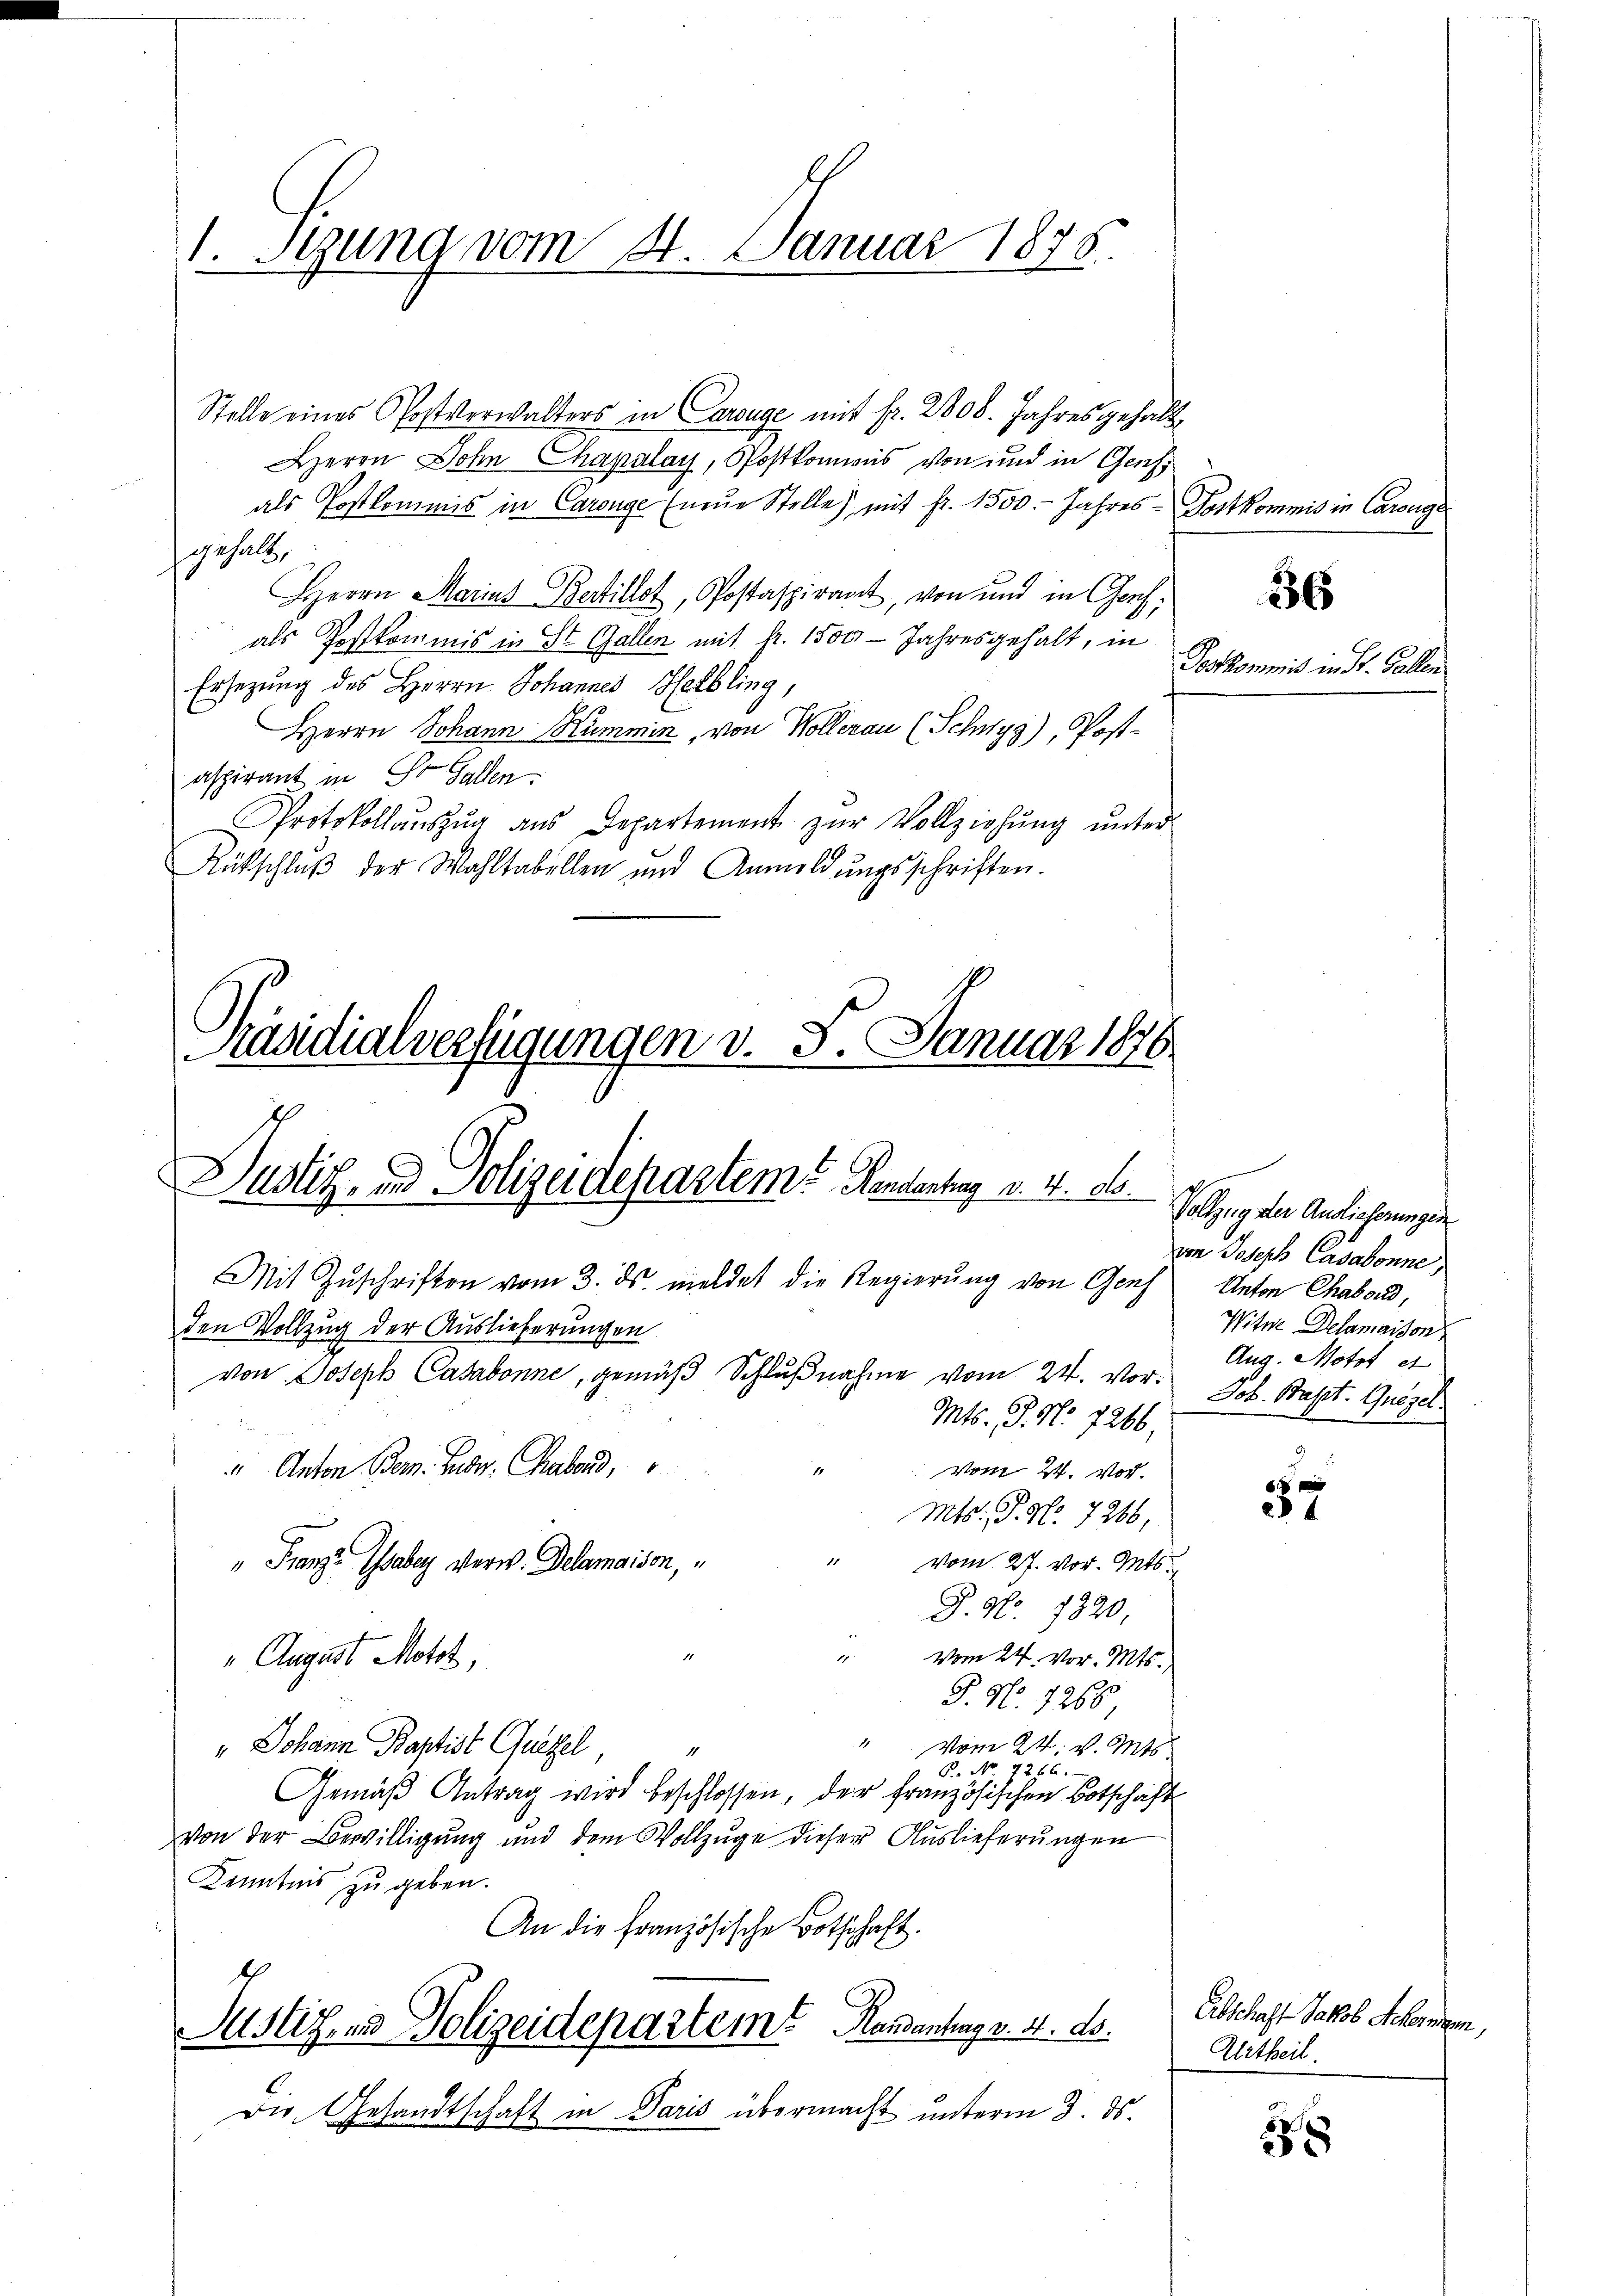
1. Sezung vom 4. Januar 1875.

Justiz- und Polizeidepartem Kantortung v. 4. d.
Mit Zŭschriften vom 3. ds. meldet die Regierŭng von Genf
den Vollzug der Auslieferungen
von Joseph Casabonne, gemäß Schlußnahme vom 24. Vor¬

Stelle eines Postverwalters in Carige mit fr. 2808. Jahres gehalt
Herrn Lohn Chapalay, Postkommes von und in Genf,
als Postkommis in Carouge (neue Stelle) mit fr. 1500. Jahres Postkommis in Carouge
gehalt,
Herrn Marias Bertillet, Postaspirant, von und in Genf,
als Postkommis in St. Gallen mit Fr. 1500 Jahresgehalt, in
Ersezung des Herrn Johannes Helbling,
Herrn Johann Kümmin, von Wollerau (Schwyz), Post-
aspirant in St. Gallen.
Protokollaŭszŭg aŭs Departement zŭr Vollziehŭng ŭnter
Rütschlŭβ der Wahltabellen und Anmeldŭngsschriften.

" Anton Bern. Febr. habend,
" Franz Gabey Verw. Delamaison,

Käsidialverfügungen v. 5. Januar 1876

Mts. S. Nr. 7266,
1
vom 24. Vor
Mts: P. Nr. 7266,
1
vom 27. vor. Mts.
G. No. 1320.
d
Vom 24. Vor. Mts.
„August Motot,
J. No. 1268
s
Vom 24. v. Mts.
" Johann Baptist Quezel,
4
P. Nr. 7266.
Gemäß Antrag wird beschlossen, der französischen Botschaft
von der Bewilligŭng und dem Vollzŭge dieser Auslieferŭngen
Kenntnis zu geben.
An die Französische Bothschaft.
Justiz- und Polizeidepartem Handentrag v. 4. ds.
Die Gesandtschaft in Paris übermacht unterm 3. ds.

36

Postkommis in St. Gallen

Vollzug der Auslieferungen
von Joseph Cassabonne,
Anton Chabond,
Witwe Delamaison
Aug. Motot et
Job. Basst. Grögel

.
4

Abschaft Jakob Ackerem,
Urtheil.

2